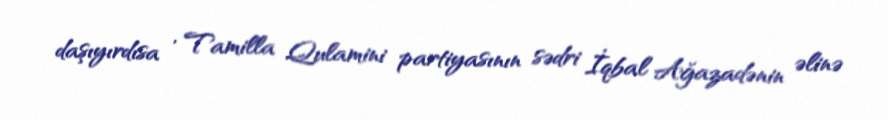
daşıyırdısa , Tamilla Qulamini partiyasının sədri İqbal Ağazadənin əlinə